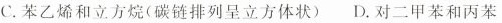
C.苯乙烯和立方烷(碳链排列呈立方体状) D.对二甲苯和丙苯